38_143685_box7_Incident_Summaries_1-100
Agency: Department of War
Page 47
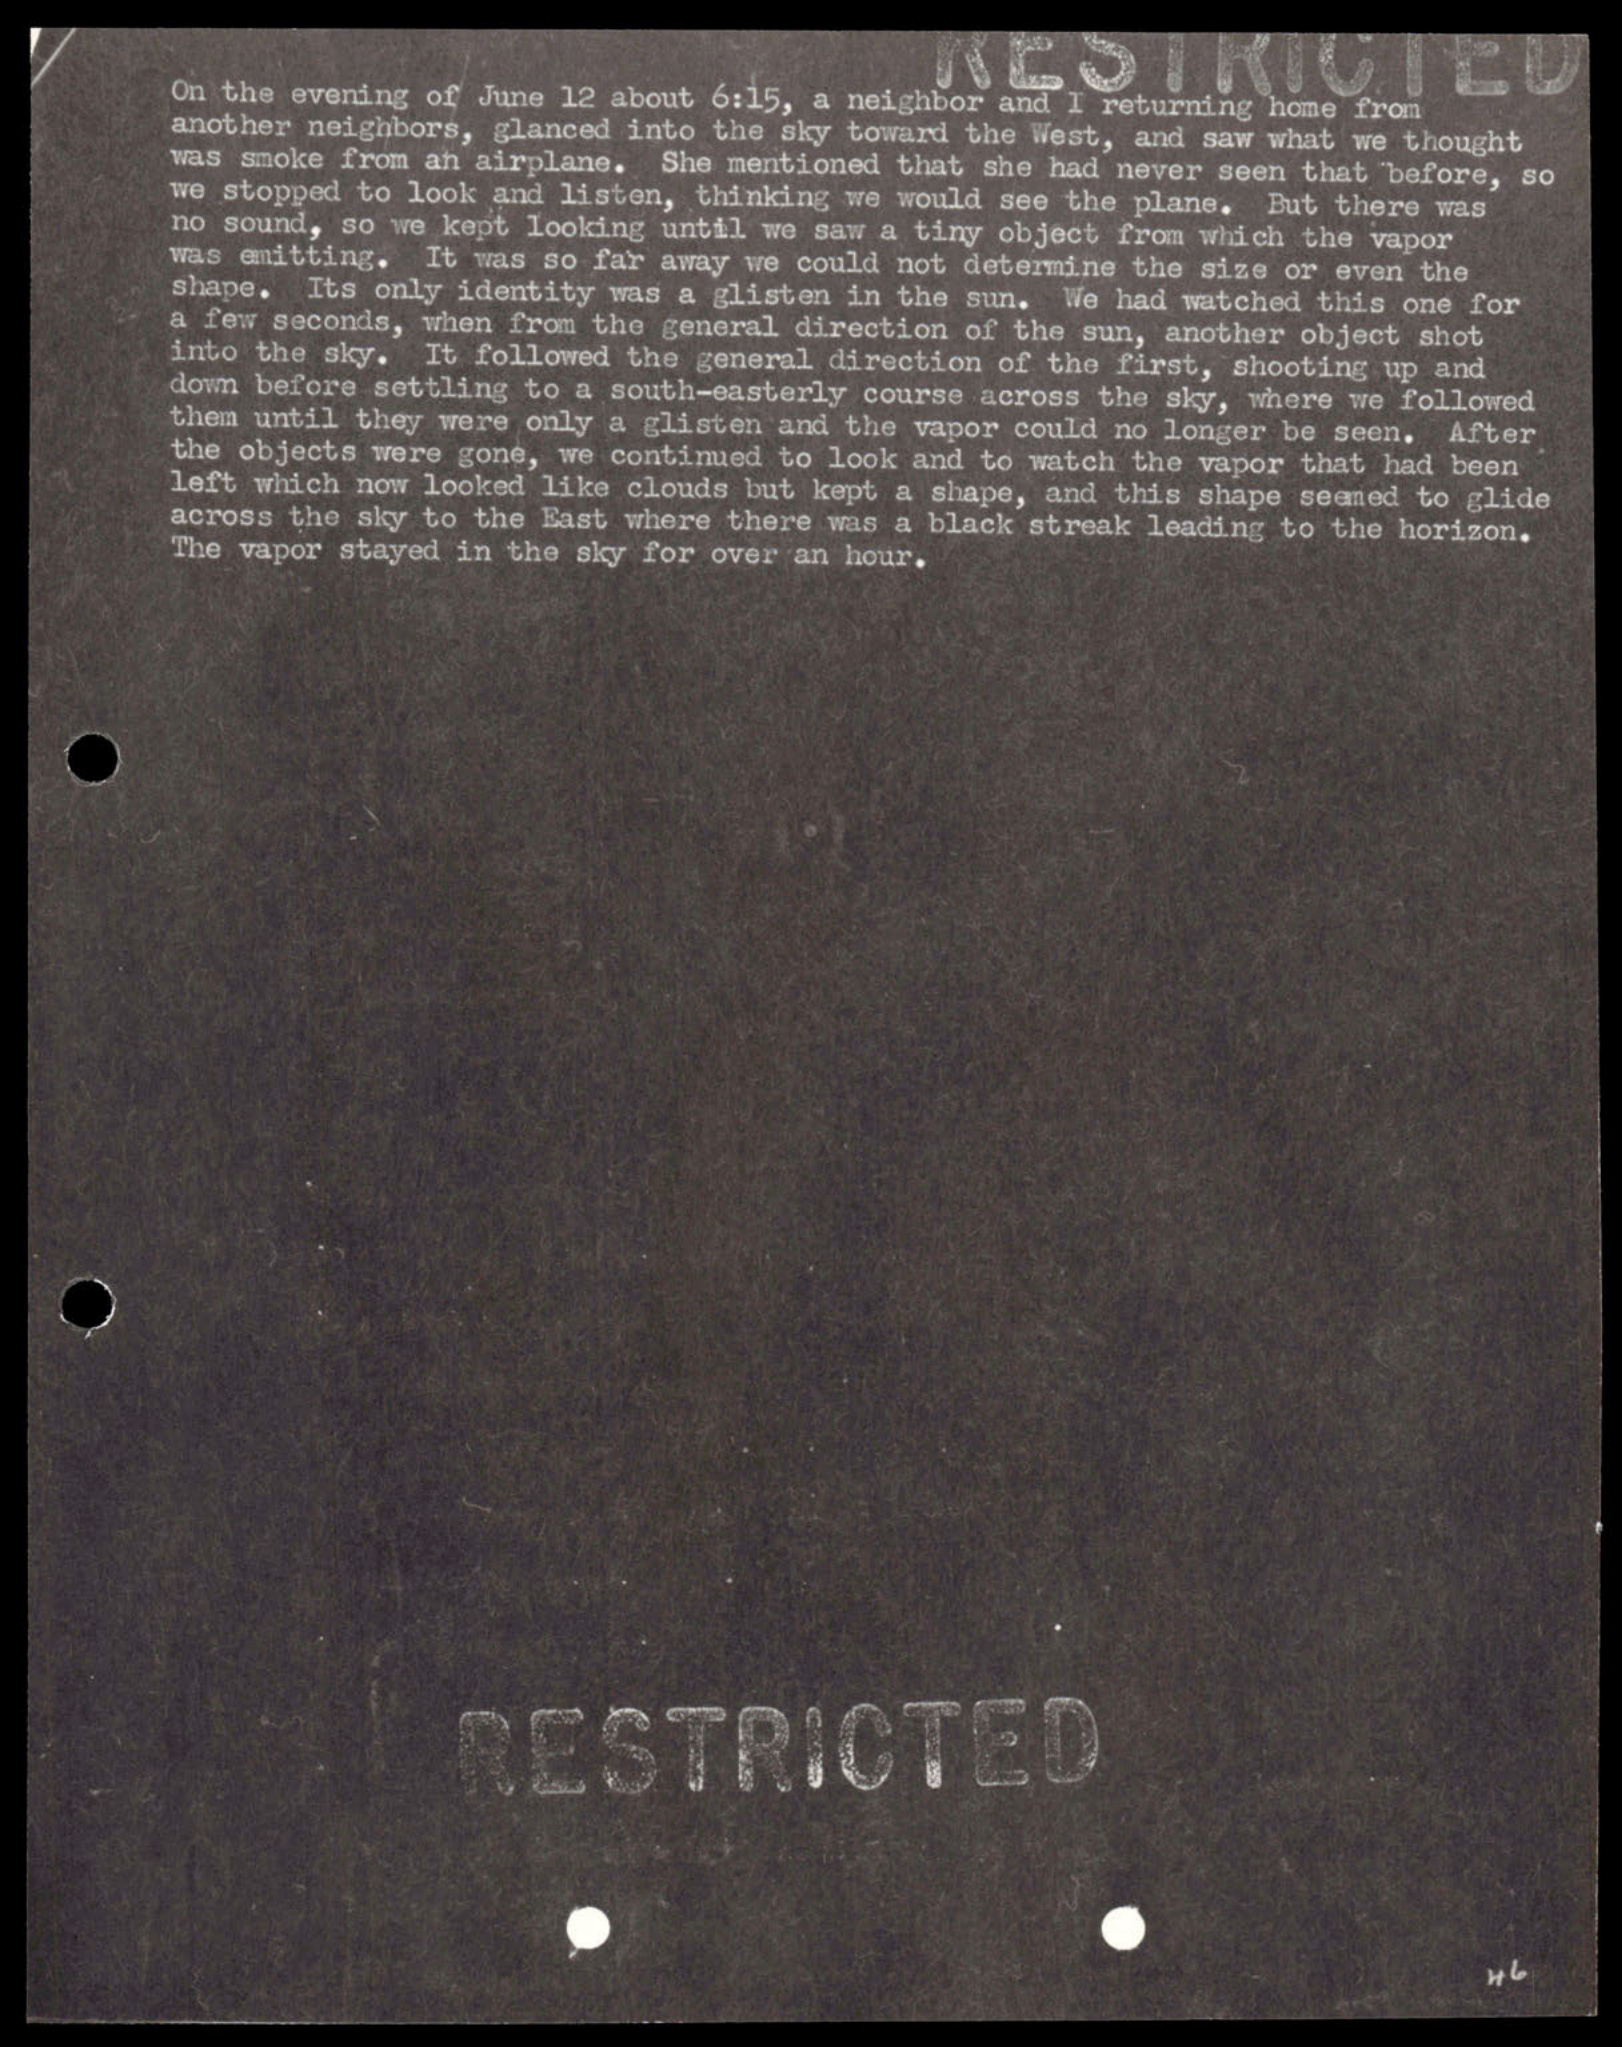